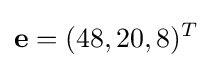
\mathbf {e} =(48,20,8)^{T}